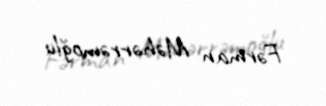
Fərman Məhərrəmoğlu